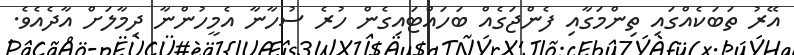
އޭރު ތަބަކެއްގައި ތިންމަގާއި ފެންޖަގެއް ބަހައްޓައިގެން ހުރެ ސުހާނާ އެމީހުންނާ ދިމާލަށް އާދެއެވެ.